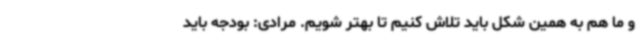
و ما هم به همین شکل باید تلاش کنیم تا بهتر شویم. مرادی: بودجه باید